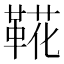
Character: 𩋖